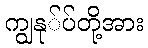
ကျွနု်ပ်တို့အား